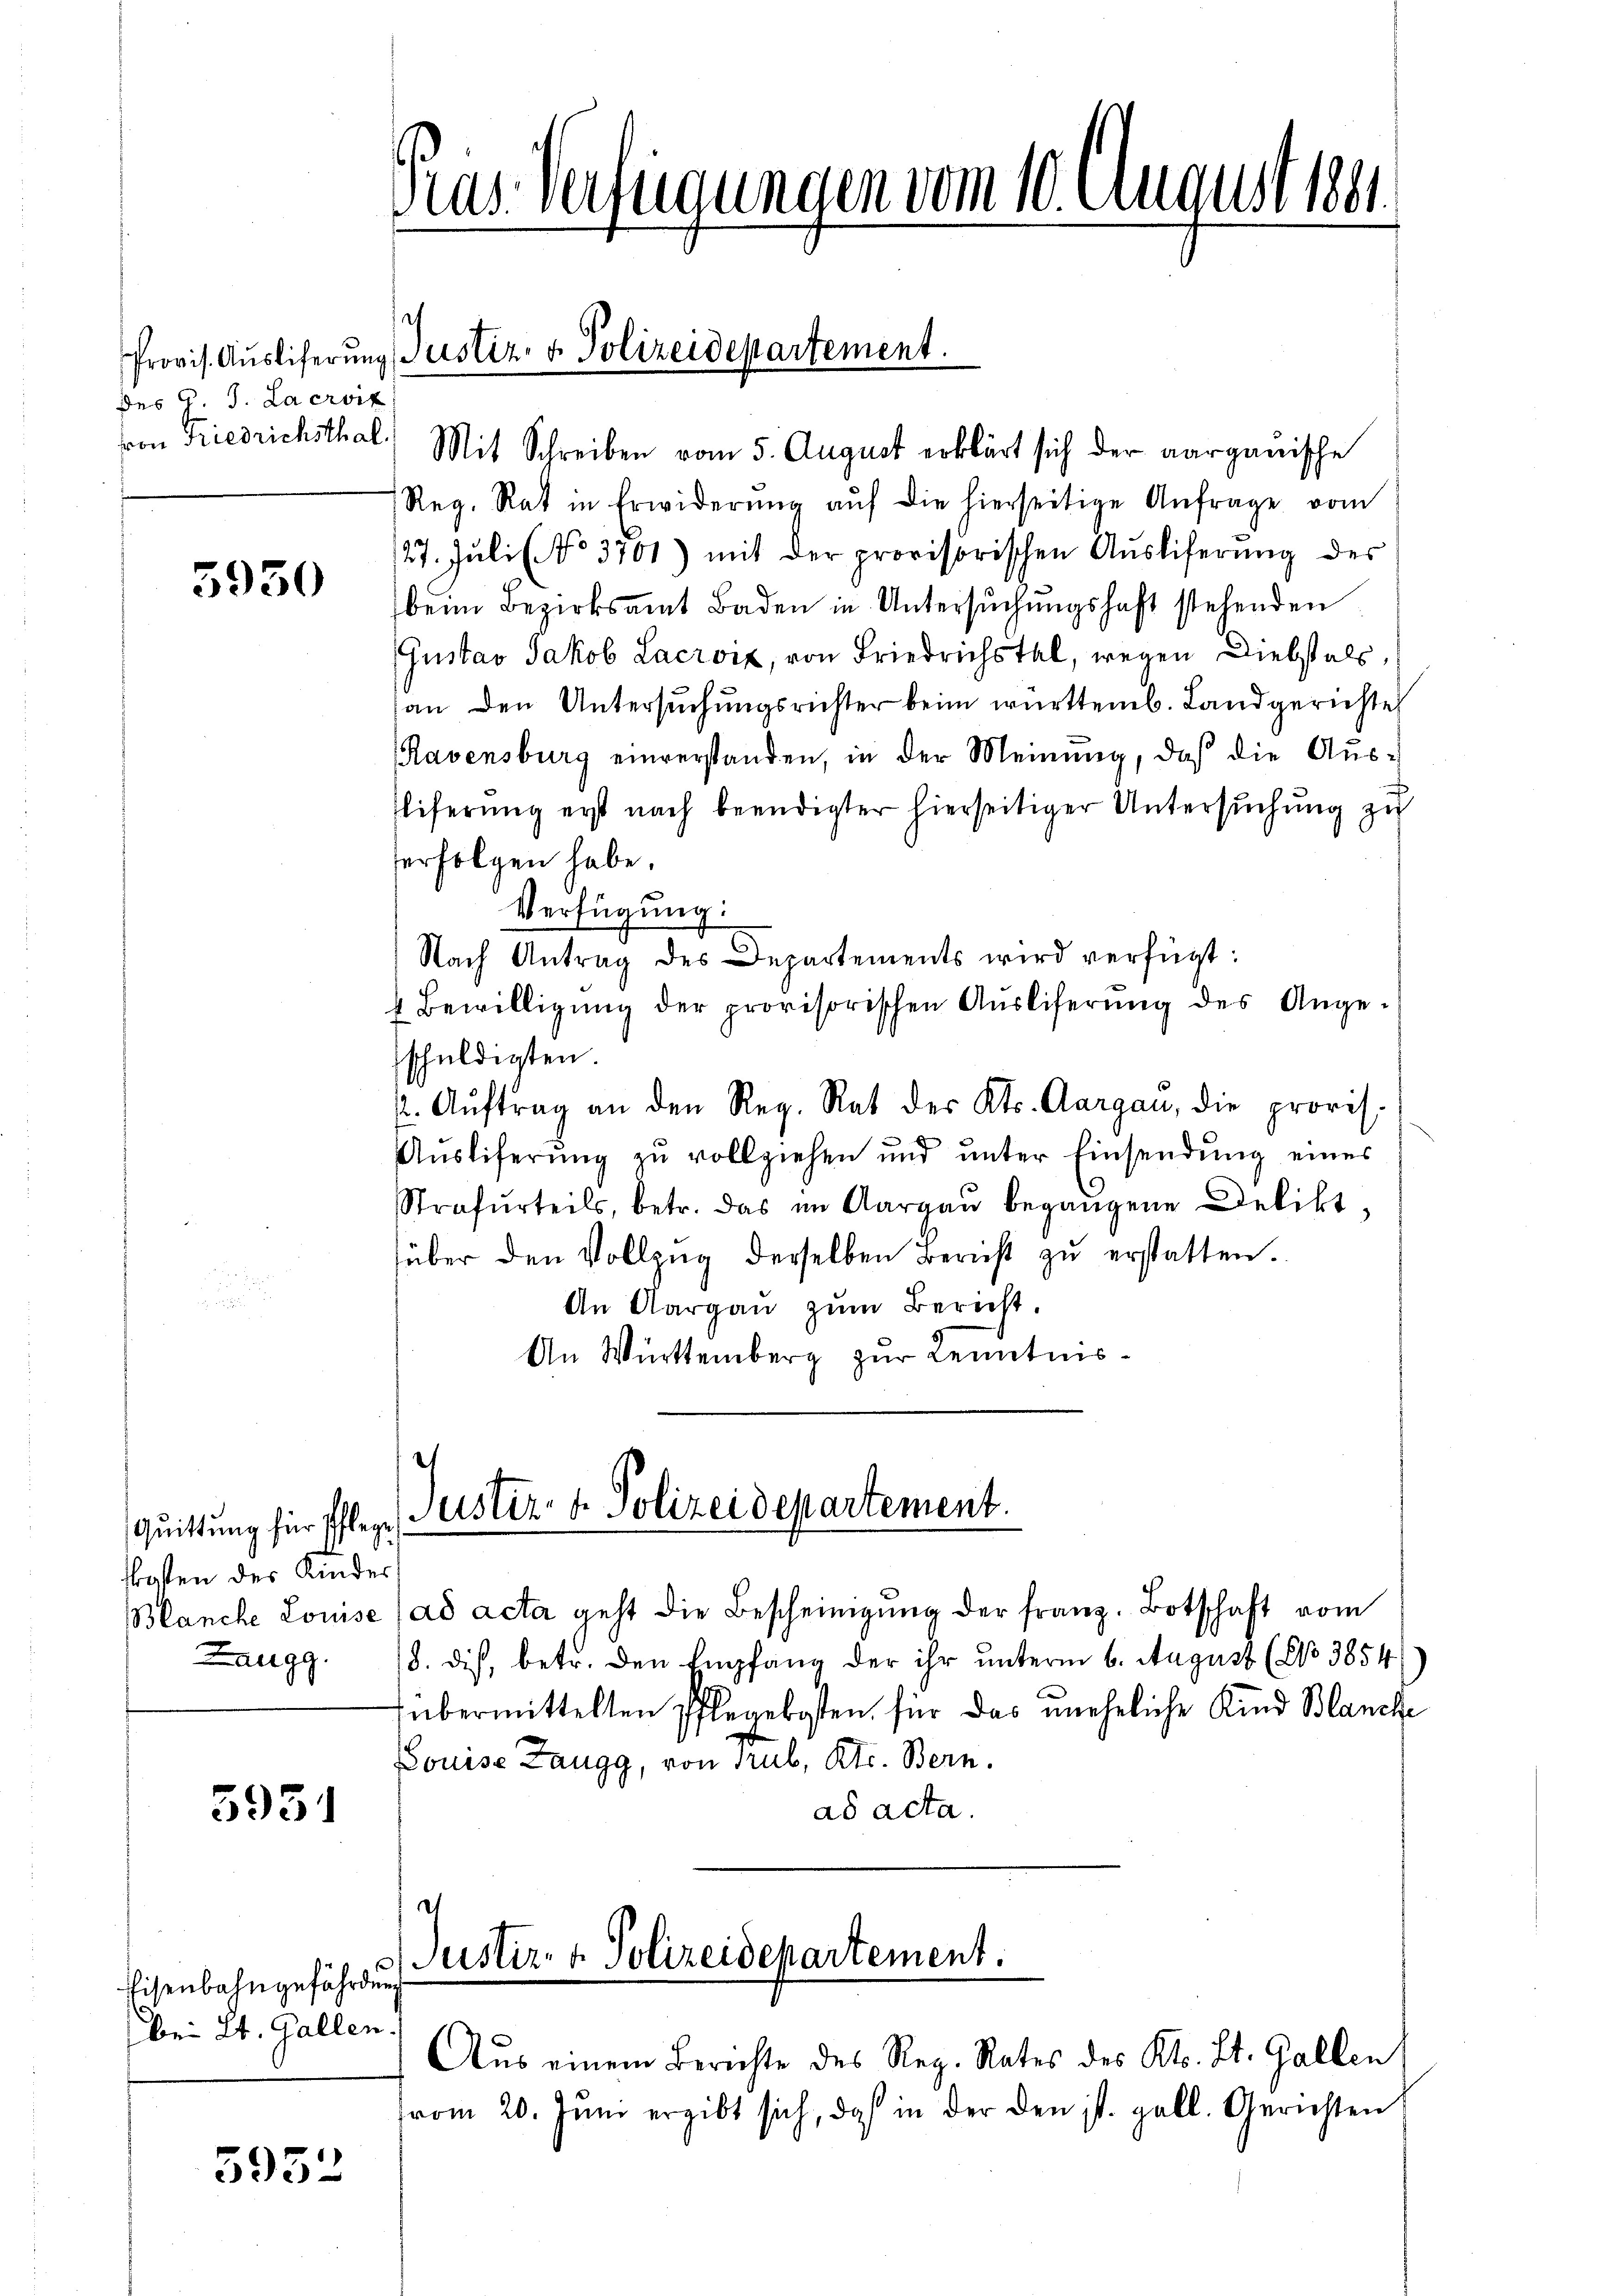
des C. J. Lacroix

5930

Quittung für Pflege
kosten der Kinder
Laugg.

5951

Eisenbahngefährdun
bei St. Gallen.

5952

Pras Verfügungen vom 10. August 1891

von Friedrichsthal) Mit Schreiben vom 5. August erklärt sich der aargauische
Reg. Rat in Erwiderŭng aŭf die hierseitige Anfrage vom
27. Jŭli (No 3701) mit der provisorischen Aŭsliferung des
beim Bezirksamt Baden in Untersŭchŭngshaft stehenden
Gustav Jakob Lacroix, von Friedrichstal, wegen Diebstals,
an den Untersuchungsrichter beim württemb. Landgerichte
Ravensburg einverstanden, in der Meinung, daß die Aus¬
Eliferung erst nach beendigter hierseitiger Untersŭchŭng zu
erfolgen habe.
Verfügung:
Nach Antrag des Departements wird verfügt:
4 Bewilligŭng der provisorischen Aŭsliferŭng des Ange-
schuldigten.
2. Aŭftrag an den Reg. Rat des Kts. Aargaŭ, die provis.
Auslieferung zu vollziehen und ŭnter Einsendung eines
Strafurteils, betr. das im Aargau begangene Deliktüber den Vollzŭg derselben Bericht zŭ erstatten.
An Aargaŭ zŭm Bericht.
An Württemberg zur Kenntnis¬

Provis. Aŭsliferŭng Justiz- & Polizeidepartement.

e
Justiz- & Polizeidepartement.

Juster. v. Polizeidepartement.
¬

Blanche Louise (ad acta geht die Bescheinigŭng der franz. Botschaft vom
(8. dies, betr. den Empfang der ihr unterm 6. August (No 3854
übermittelten Pflegekosten für das uneheliche Kind Blanche
Louise Zaugg, von Trub, Kts. Bern.
ad acta.

Aus einem Berichte des Reg. Rates des Kts. St. Gallen
from 20. Juni ergibt sich, daß in der den ist. gall. Gerichten